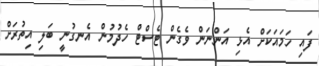
ފައި ހަމައަކަށް އެޅި އަންނަން ވެގެން ޓެސްޓް ހެދުމުން އެނގުނީ ބަލި އިތުރަށް